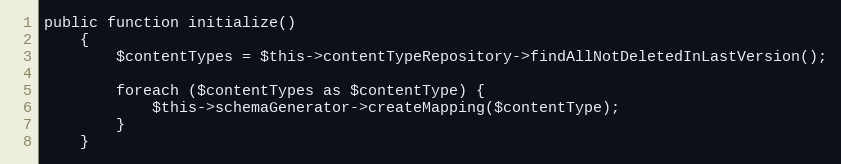
Language: PHP
public function initialize()
    {
        $contentTypes = $this->contentTypeRepository->findAllNotDeletedInLastVersion();

        foreach ($contentTypes as $contentType) {
            $this->schemaGenerator->createMapping($contentType);
        }
    }